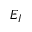
E _ { I }